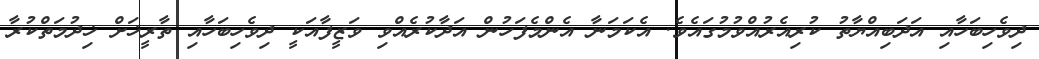
ދިވެހިބަހާއި އަދަބިއްޔާތު ކުރިއެރުއްވުމުގައެވެ. އެކަމަނާ އެންމެފަހުން އަދާކުރެއްވި ވަޒީފާއަކީ ދިވެހިބަހާއި ތާރީޚަށް ޚިދުމަތްކުރާ